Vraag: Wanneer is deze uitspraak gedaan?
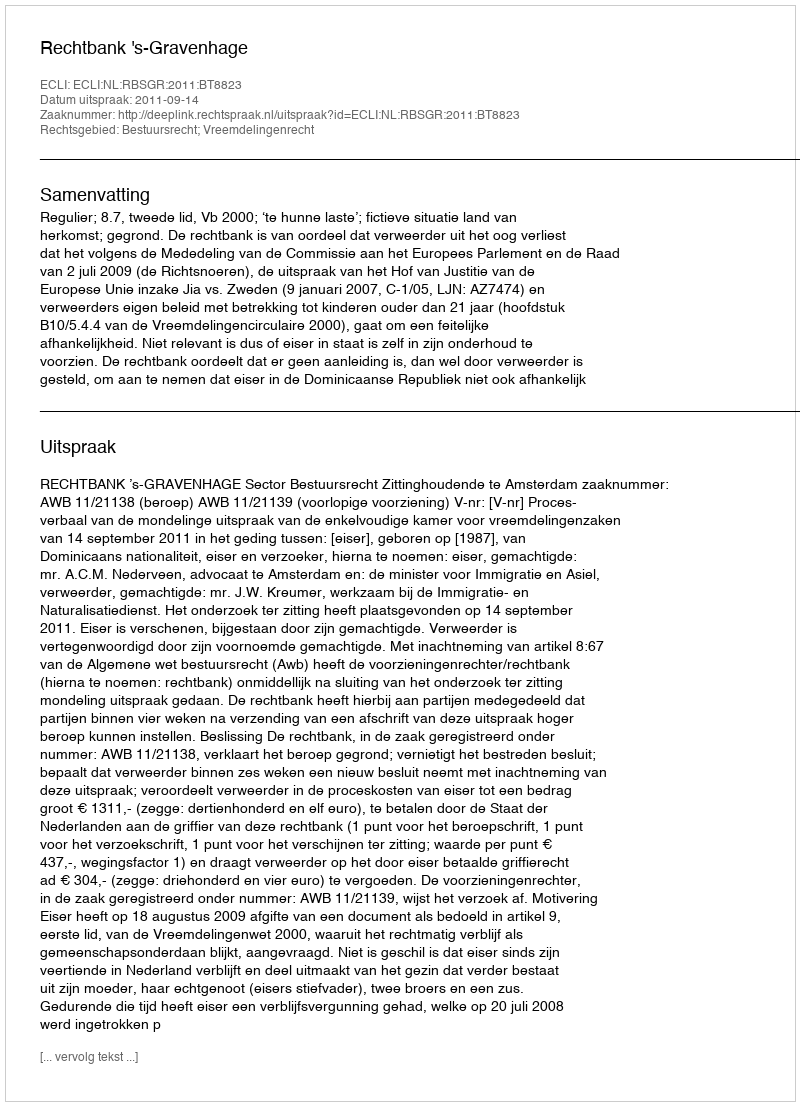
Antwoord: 2011-09-14